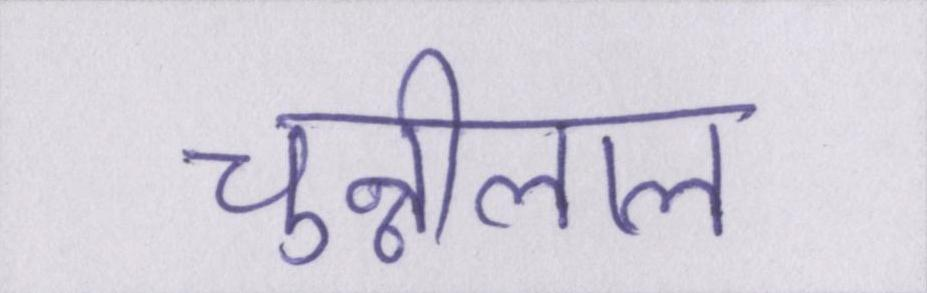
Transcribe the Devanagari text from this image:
चुन्नीलाल